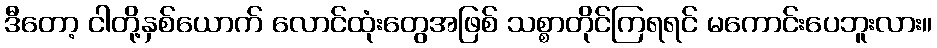
ဒီတော့ ငါတို့နှစ်ယောက် လောင်ထုံးတွေအဖြစ် သစ္စာတိုင်ကြရရင် မကောင်းပေဘူးလား။